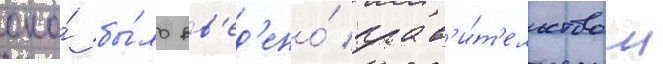
оно́ бы́ло вв'ед'ено́ прав'и́т'ельством